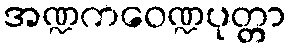
အဏ္ဍကဝေဏ္ဍပုတ္တာ